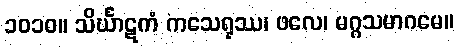
၁၀၁၀။ သိင်္ဃာဋကံ ကသေရုဿ၊ ဖလေ၊ မဂ္ဂသမာဂမေ။